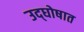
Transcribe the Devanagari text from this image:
उद्‌घोषात